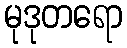
မုဒုတရော